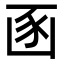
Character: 𮙚